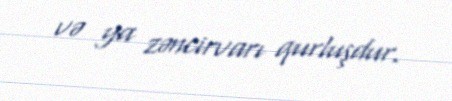
və ya zəncirvarı qurluşdur.